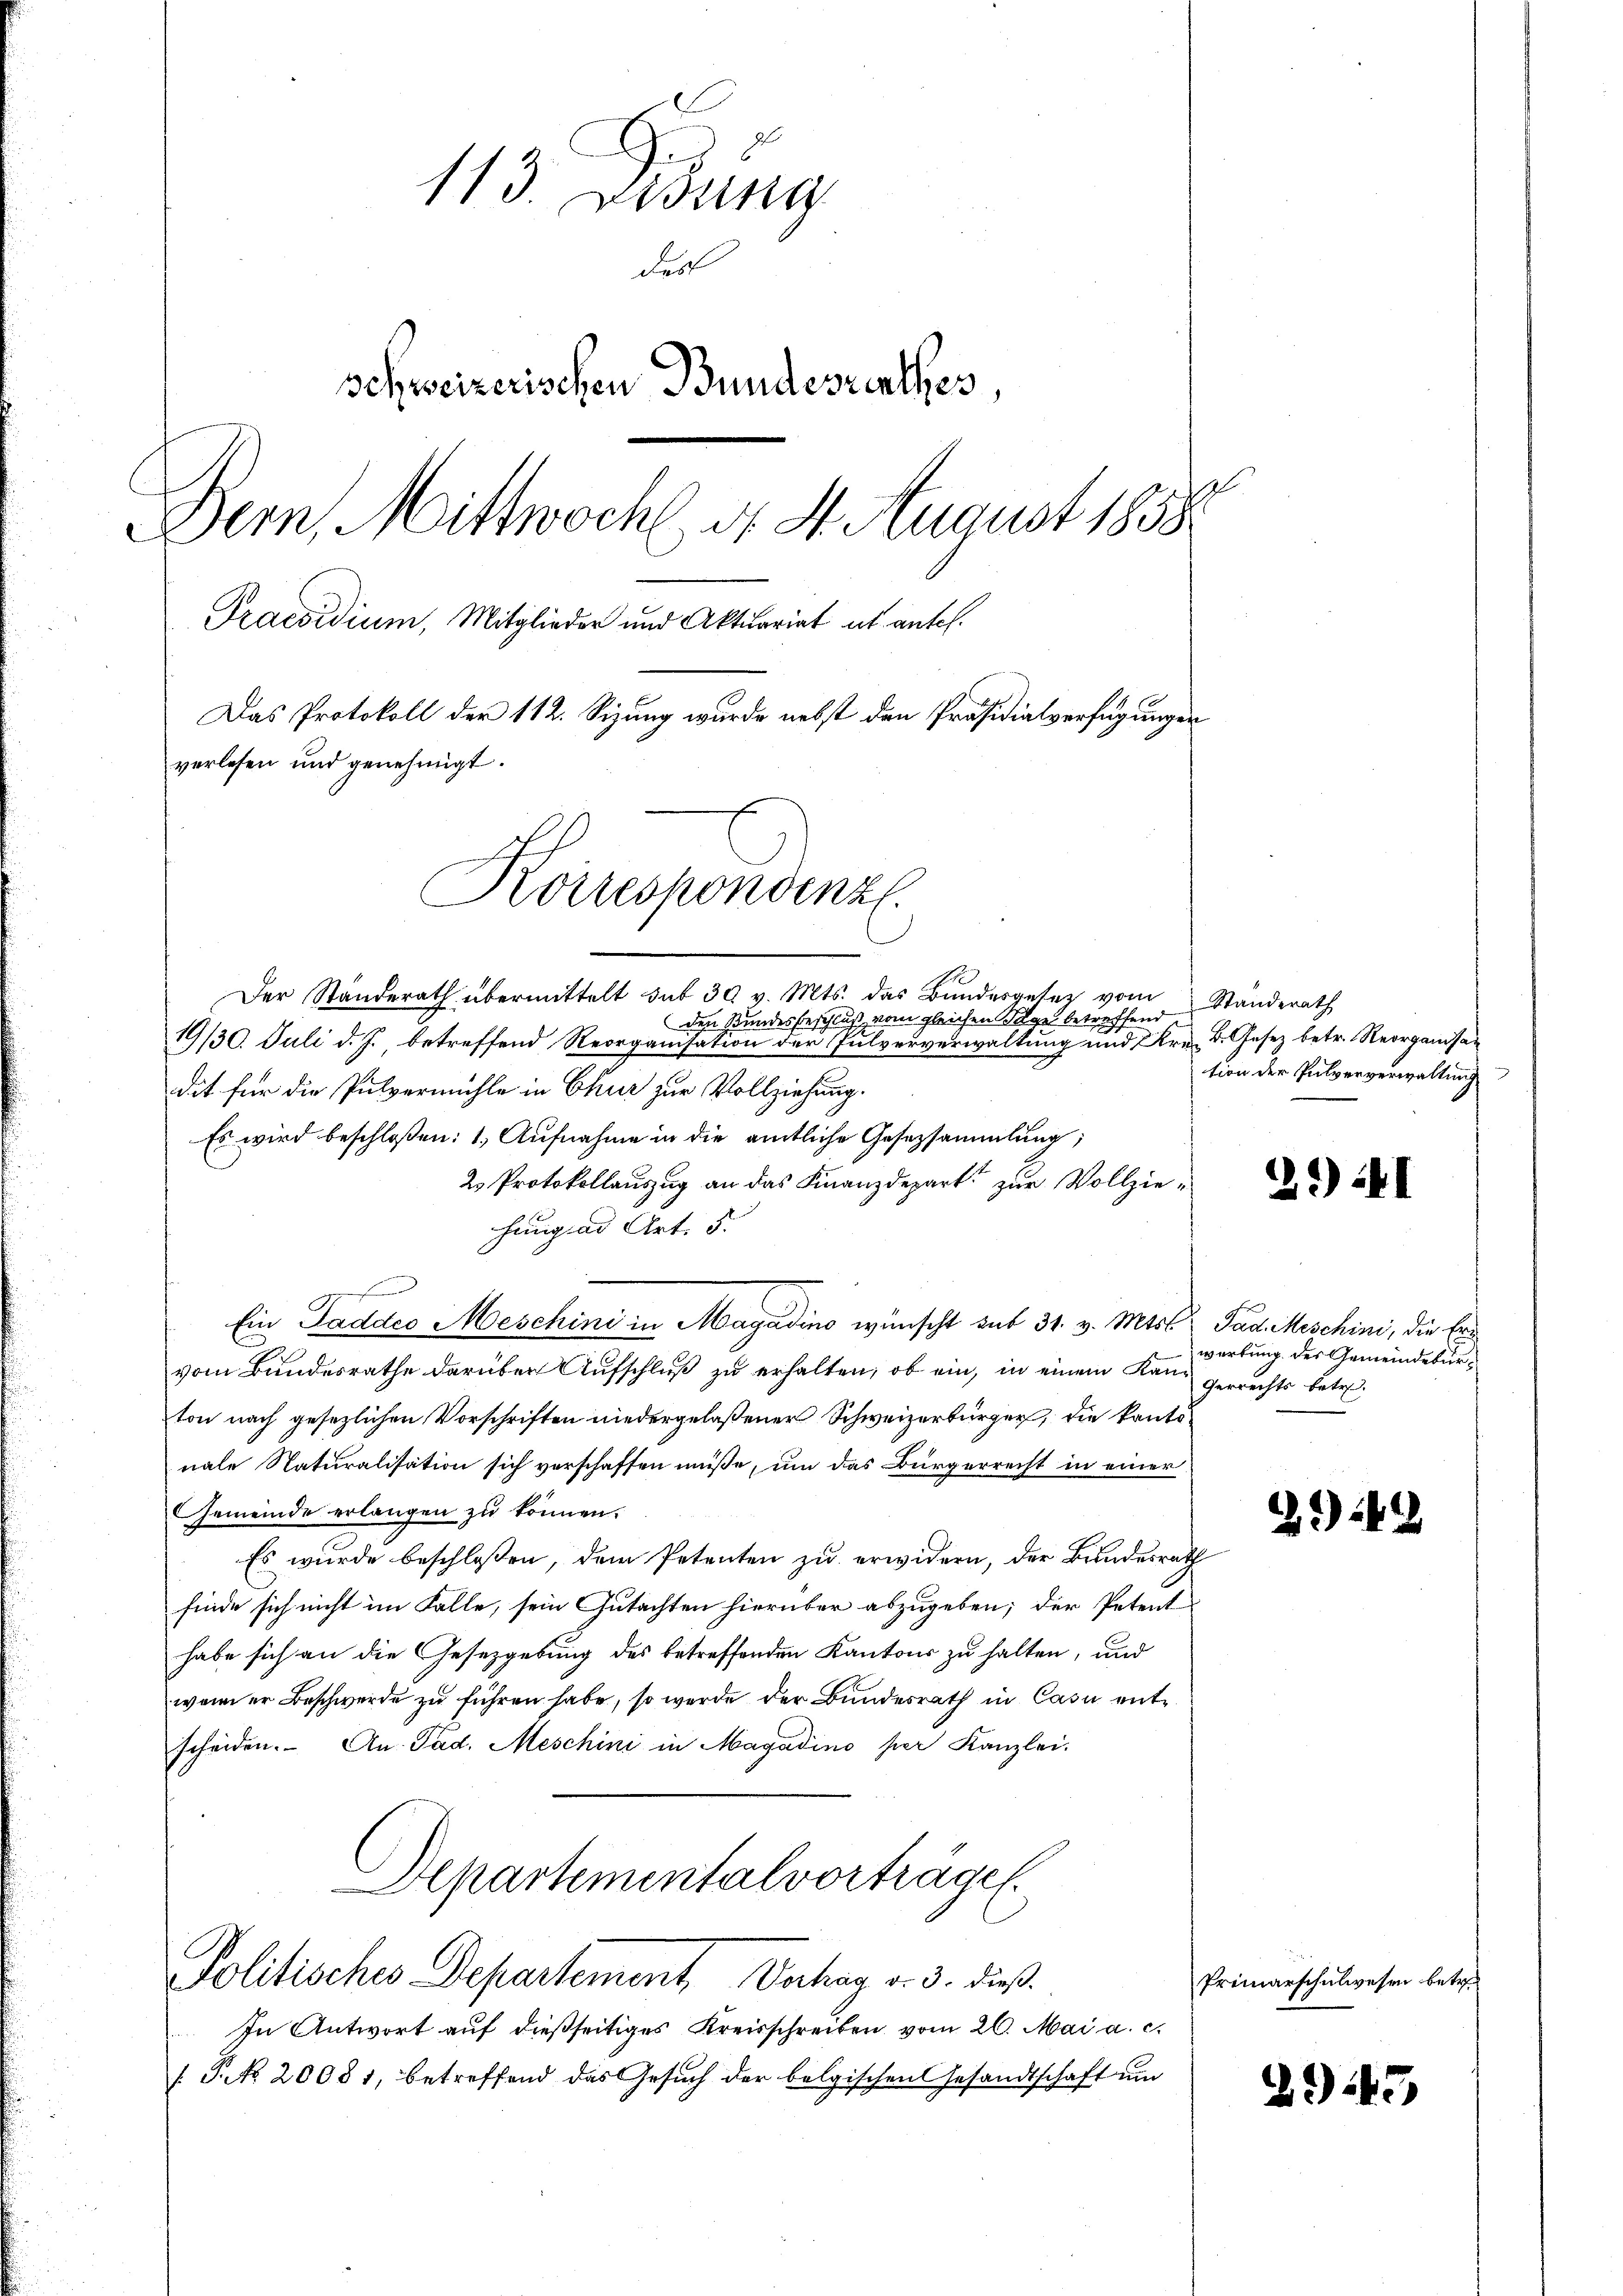
113. Didung
Fest
schweizerischen Bundesrathes
E
Bern, Mittwoch d. 4. August 1858.
Praesidium, Mitglieder und Aktuariat et antel.
Das Protokoll der 112. Sizung wurde nebst den Präsidialverfügungen
verlesen und genehmigt.
Korrespondenz

Der Standerath übermittelt sub 30 v. Mts. das Bundesgesetz vom Standerath
den Bundesbeschluß vom gleichen Sage betreffend
19/30. Juli d. J., betreffend Reorganisation der Pulververwaltung und Kre. d. Gesez betr. Reorganisadit für die Pulvermühle in Chur zur Vollziehung.
Es wird beschloßen: 1. Aufnahme in die amtliche Gesetzsammlung;
2. Protokollauszug an das Finanzdepart zur Vollzie u
hung ad Art. 5.
Ein Taddes Meschini in Magadino wünscht mit 31. v. Mts. Pad Mischini, die Er
vom Bundesrathe darüber Aufschluß zu erhalten, ob ein, in einem Kanton nach gesezlichen Vorschriften niedergelaßener Schweizerbürger, die kantonale Naturalisation sich verschaffen müße, um das Bürgerrecht in einer
Gemeinde erlangen zu können.
Es wurde beschlossen, dem Petenten zu erwidern, der Bundesrath
finde sich nicht im Falle, sein Gutachten hierüber abzugeben; der Petent
habe sich an die Gesetzgebung des betreffenden Kantons zu halten, und
wenn er Beschwerde zu führen habe, so werde der Bundesrath in Casu entscheiden. An- Pad. Meschini in Magadino per Kanzlei.
Departementalvorträge.

Politisches Departement, Verhag v. 3. dieß

In Antwort auf dießseitiges Kreisschreiben vom 20. Mai a. c.
T. No. 20081, betreffend das Gesuch der belgischen Gesandtschaft um

tion der Pulververwaltung

2*) 41

wartung des Gemeindesur¬
Gerrechts betr.

242

Primarschulwesen betre

2945